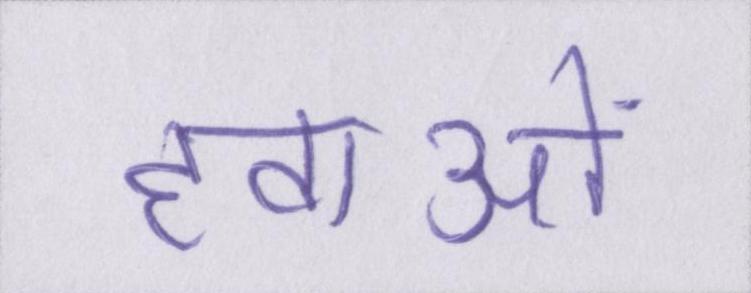
हवाओं